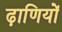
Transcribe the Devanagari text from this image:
ढ़ाणियों